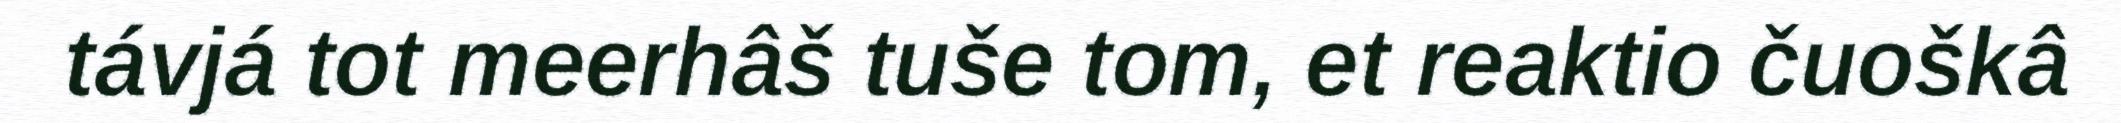
távjá tot meerhâš tuše tom, et reaktio čuoškâ